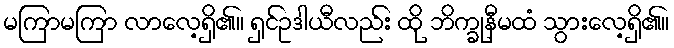
မကြာမကြာ လာလေ့ရှိ၏။ ရှင်ဥဒါယီလည်း ထို ဘိက္ခုနီမထံ သွားလေ့ရှိ၏။